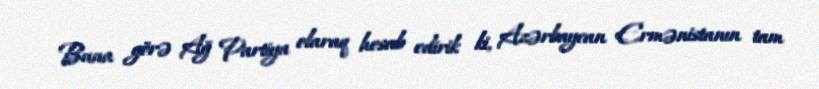
Buna görə Ağ Partiya olaraq hesab edirik ki, Azərbaycan Ermənistanın tam